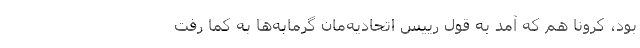
بود، کرونا هم که آمد به قول رییس اتحادیه‌مان گرمابه‌ها به کما رفت